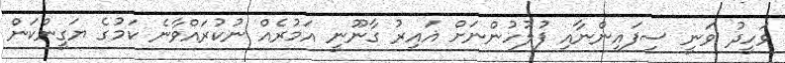
ވަހީދު ވަނީ ސިފައިންނާއި ފުލުހުންނަށް ޣައިރު ގާނޫނީ އަމުރެއް ނުކުރައްވާނެ ކަމުގެ ޔަގީންކަން